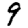
Digit: 9